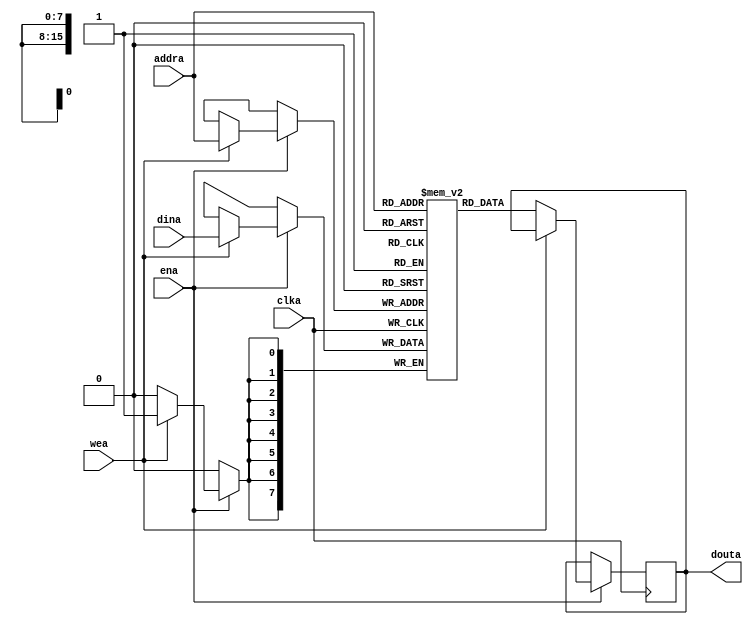
module ram #(parameter AW=16)
(
  input clka,
  input ena,
  input wea,
  input [AW-1:0] addra,
  input [7:0] dina,
  output reg [7:0] douta
);

reg [7:0] ram[(2**AW)-1:0];

always @(posedge clka)
  if (ena)
		if (wea)
			ram[addra] <= dina;
		else
			douta <= ram[addra];

endmodule